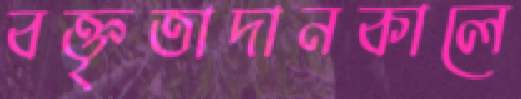
বক্তৃতাদানকালে